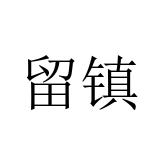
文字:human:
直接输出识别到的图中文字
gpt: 留镇